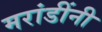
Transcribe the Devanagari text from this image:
मरांडींनी